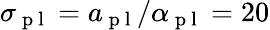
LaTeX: \sigma_{\mathrm{~p~l~}}=a_{\mathrm{~p~l~}}/\alpha_{\mathrm{~p~l~}}=20